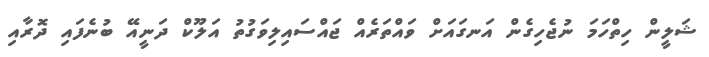
ޝަލީން ހިތްހަމަ ނުޖެހިގެން އަނގައަށް ވައްތަރެއް ޖައްސައިލިވަގުތު އަލޫކް ދަނީއޭ ބުނެފައި ދޮރާއި